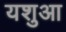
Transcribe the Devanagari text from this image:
यशुआ